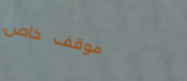
موقف خاص